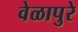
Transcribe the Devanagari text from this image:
वेळापुरे